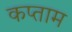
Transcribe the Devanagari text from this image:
कप्ताम